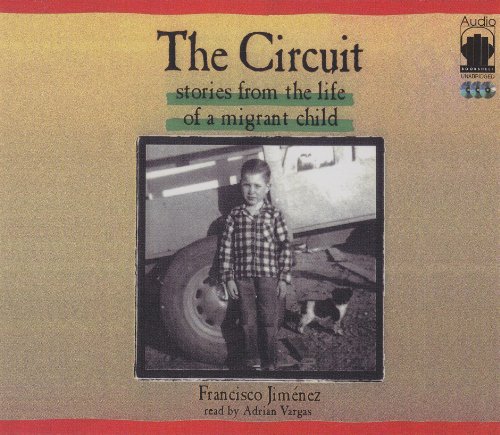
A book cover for The Circuit; Francisco Jimenez; Teen & Young Adult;